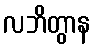
လဘိတွာန